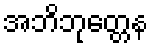
အဘိဘုတ္တေန